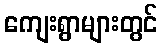
ကျေးရွာများတွင်